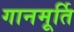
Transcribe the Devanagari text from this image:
गानमूर्ति